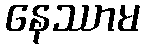
နေဿာမ